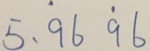
5 . \dot { 9 } 6 \dot { 9 } 6